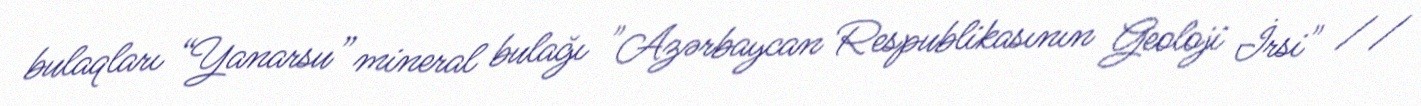
bulaqları “Yanarsu” mineral bulağı "Azərbaycan Respublikasının Geoloji İrsi" //